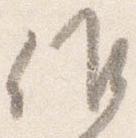
候